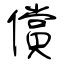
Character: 償